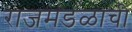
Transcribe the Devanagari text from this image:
राजमंडळाची